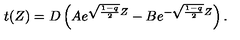
t ( Z ) = D \left( A e ^ { \sqrt { \frac { 1 - q } { 2 } } Z } - B e ^ { - \sqrt { \frac { 1 - q } { 2 } } Z } \right) .